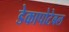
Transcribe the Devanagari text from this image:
डेकापोटेबल